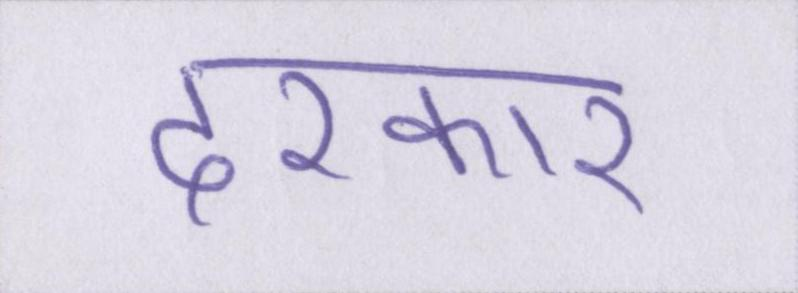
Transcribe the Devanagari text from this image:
दरकार